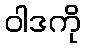
ဝါဒကို